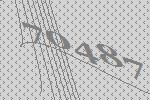
70487